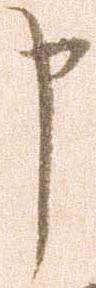
申